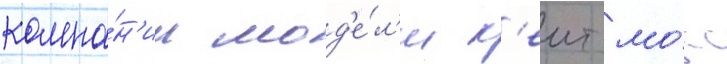
компа́н'ии мод'е́л'и к'еит мо́сс